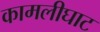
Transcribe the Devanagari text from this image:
कामलीघाट